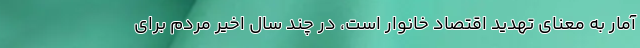
آمار به معنای تهدید اقتصاد خانوار است، در چند سال اخیر مردم برای